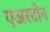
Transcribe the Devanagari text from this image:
एअरटोन